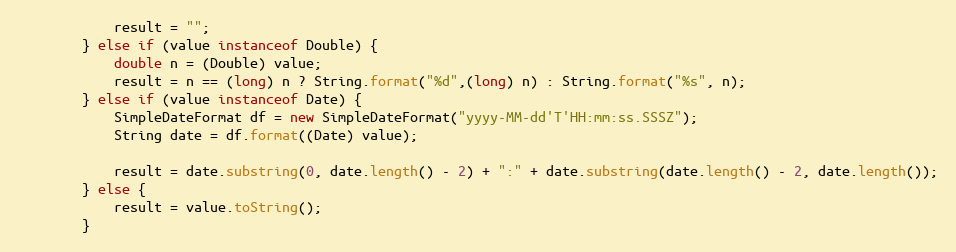
Language: Java
			result = "";
		} else if (value instanceof Double) {
			double n = (Double) value;
			result = n == (long) n ? String.format("%d",(long) n) : String.format("%s", n);
		} else if (value instanceof Date) {
			SimpleDateFormat df = new SimpleDateFormat("yyyy-MM-dd'T'HH:mm:ss.SSSZ");
			String date = df.format((Date) value);

			result = date.substring(0, date.length() - 2) + ":" + date.substring(date.length() - 2, date.length());
		} else {
			result = value.toString();
		}